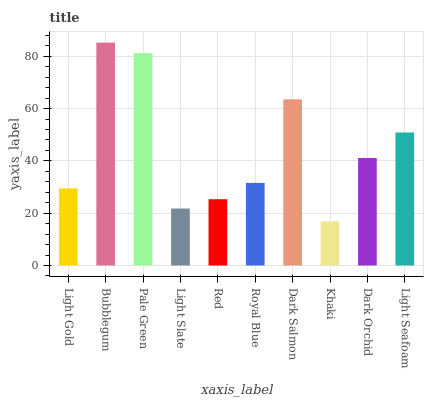
| xaxis_label | bars |
 | --- | --- |
 | Light Gold | 29.5 |
 | Bubblegum | 85.2 |
 | Pale Green | 81.2 |
 | Light Slate | 21.8 |
 | Red | 25.3 |
 | Royal Blue | 31.6 |
 | Dark Salmon | 63.5 |
 | Khaki | 16.9 |
 | Dark Orchid | 41.1 |
 | Light Seafoam | 50.9 |